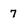
Character: 7